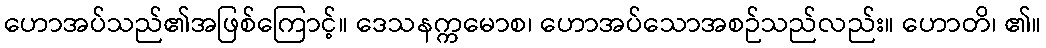
ဟောအပ်သည်၏အဖြစ်ကြောင့်။ ဒေသနက္ကမောစ၊ ဟောအပ်သောအစဉ်သည်လည်း။ ဟောတိ၊ ၏။